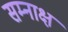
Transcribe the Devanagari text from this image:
सम्नाक्ष